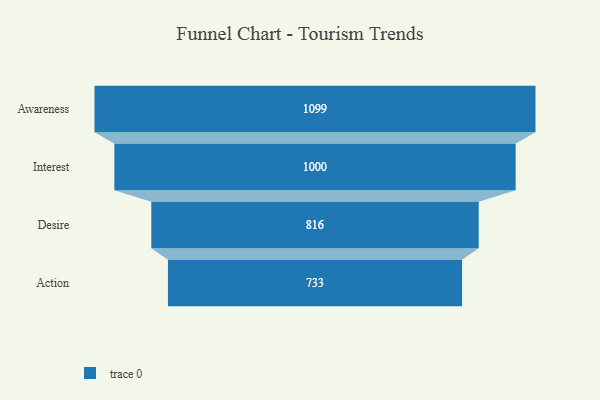
{"axis": {"x": "Stage", "y": "Value"}, "legend": [""], "data": [{"x": "Awareness", "y": 1099.0, "type": ""}, {"x": "Interest", "y": 1000.0, "type": ""}, {"x": "Desire", "y": 816.0, "type": ""}, {"x": "Action", "y": 733.0, "type": ""}]}